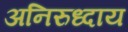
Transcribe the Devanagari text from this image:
अनिरुध्दाय